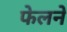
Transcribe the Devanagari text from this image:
फेलने